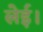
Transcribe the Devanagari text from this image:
लेई।